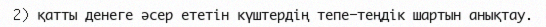
2) қатты денеге әсер ететін күштердің тепе-теңдік шартын анықтау.